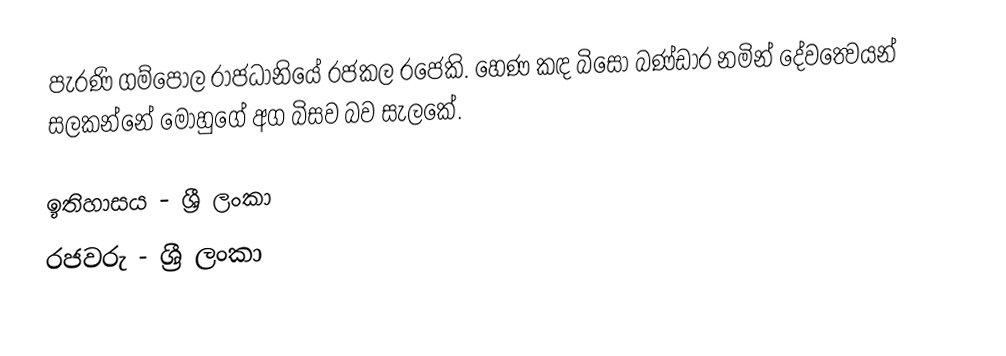
පැරණි ගම්පොල රාජධානියේ රජකල රජෙකි. හෙණ කඳ බිසෝ බණ්ඩාර නමින් දේවත්‍වෙයන් සලකන්නේ මොහුගේ අග බිසව බව සැලකේ.

ඉතිහාසය - ශ්‍රී ලංකා
රජවරු - ශ්‍රී ලංකා